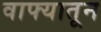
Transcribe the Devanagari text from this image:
वाफ्यातून